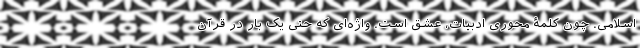
اسلامی. چون کلمۀ محوری ادبیات، عشق است. واژه‌ای که حتی یک بار در قرآن